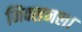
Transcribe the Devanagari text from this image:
निक्सनला